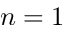
n = 1